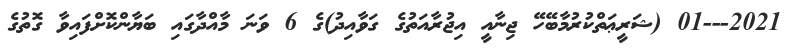
2021---01 (ޝަރީޢަތްކުރުމާބޭހޭ ޖިނާއީ އިޖުރާއަތުގެ ގަވާއިދު)ގެ 6 ވަނަ މާއްދާގައި ބަޔާންކޮށްފައިވާ ގޮތުގެ